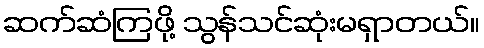
ဆက်ဆံကြဖို့ သွန်သင်ဆုံးမရှာတယ်။